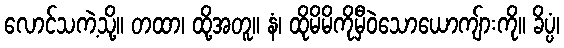
လောင်သကဲ့သို့။ တထာ၊ ထို့အတူ။ နံ၊ ထိုမိမိကိုမှီဝဲသောယောကျ်ားကို။ ခိပ္ပံ၊